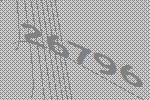
26796